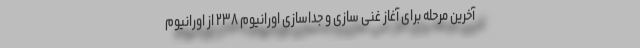
آخرین مرحله برای آغاز غنی سازی و جداسازی اورانیوم ۲۳۸ از اورانیوم